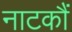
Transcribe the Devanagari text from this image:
नाटकौं